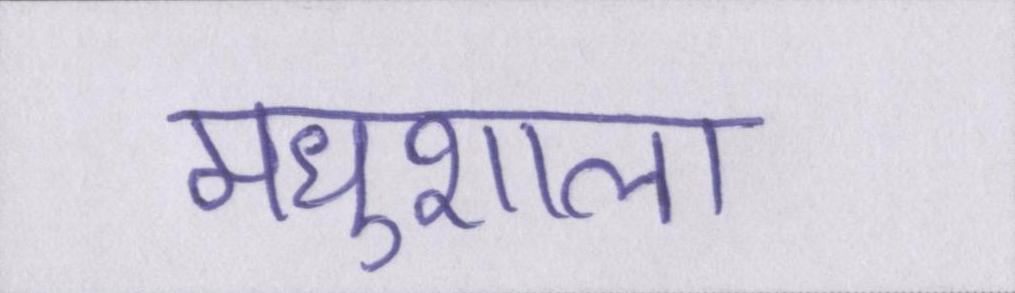
मधुशाला।